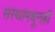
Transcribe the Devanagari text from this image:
संस्थांमधूनही